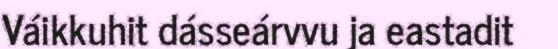
Váikkuhit dásseárvvu ja eastadit